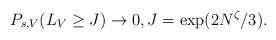
LaTeX: \begin{align*} P_{s,V}(L_{V} \geq J) \rightarrow 0, J = \exp(2N^{\zeta}/3).\end{align*}